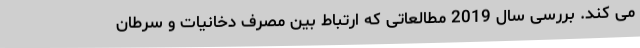
می کند. بررسی سال 2019 مطالعاتی که ارتباط بین مصرف دخانیات و سرطان